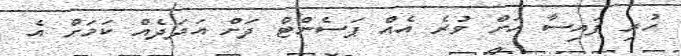
ހުރި ފައިސާ އަށް ވުރެ އެއް ޕަސެންޓް ދަށް އަދަދެއް ކަމަށް އެ